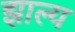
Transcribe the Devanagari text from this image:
झाल्य